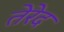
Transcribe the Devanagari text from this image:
तेरेद